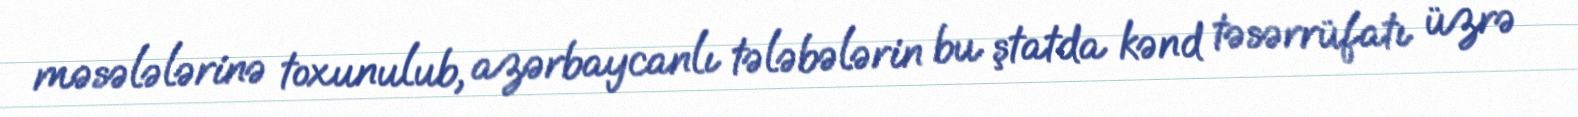
məsələlərinə toxunulub, azərbaycanlı tələbələrin bu ştatda kənd təsərrüfatı üzrə